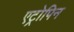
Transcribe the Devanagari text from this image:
एट्रोपिन